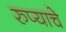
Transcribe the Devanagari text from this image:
रुप्याचे